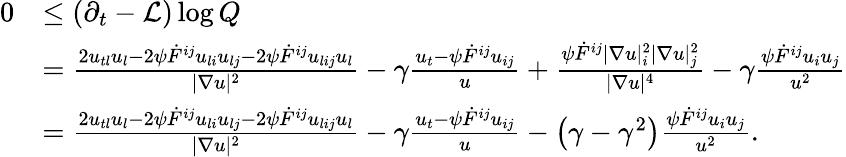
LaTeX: \begin{array}{rl}{0}&{\leq(\partial_{t}-\mathcal{L})\log Q}\\ &{=\frac{2u_{tl}u_{l}-2\psi\dot{F}^{ij}u_{li}u_{lj}-2\psi\dot{F}^{ij}u_{lij}u_{l}}{|\nabla u|^{2}}-\gamma\frac{u_{t}-\psi\dot{F}^{ij}u_{ij}}{u}+\frac{\psi\dot{F}^{ij}|\nabla u|_{i}^{2}|\nabla u|_{j}^{2}}{|\nabla u|^{4}}-\gamma\frac{\psi\dot{F}^{ij}u_{i}u_{j}}{u^{2}}}\\ &{=\frac{2u_{tl}u_{l}-2\psi\dot{F}^{ij}u_{li}u_{lj}-2\psi\dot{F}^{ij}u_{lij}u_{l}}{|\nabla u|^{2}}-\gamma\frac{u_{t}-\psi\dot{F}^{ij}u_{ij}}{u}-\left(\gamma-\gamma^{2}\right)\frac{\psi\dot{F}^{ij}u_{i}u_{j}}{u^{2}}.}\end{array}